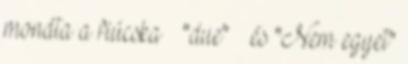
mondta a fiúcska – "due" – és "Nem egyet"